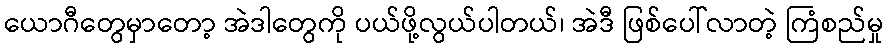
ယောဂီတွေမှာတော့ အဲဒါတွေကို ပယ်ဖို့လွယ်ပါတယ်၊ အဲဒီ ဖြစ်ပေါ်လာတဲ့ ကြံစည်မှု